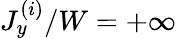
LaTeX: J_{y}^{(i)}/W=+\infty